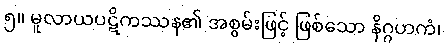
၅။ မူလာယပဋိကဿန၏ အစွမ်းဖြင့် ဖြစ်သော နိဂ္ဂဟကံ၊